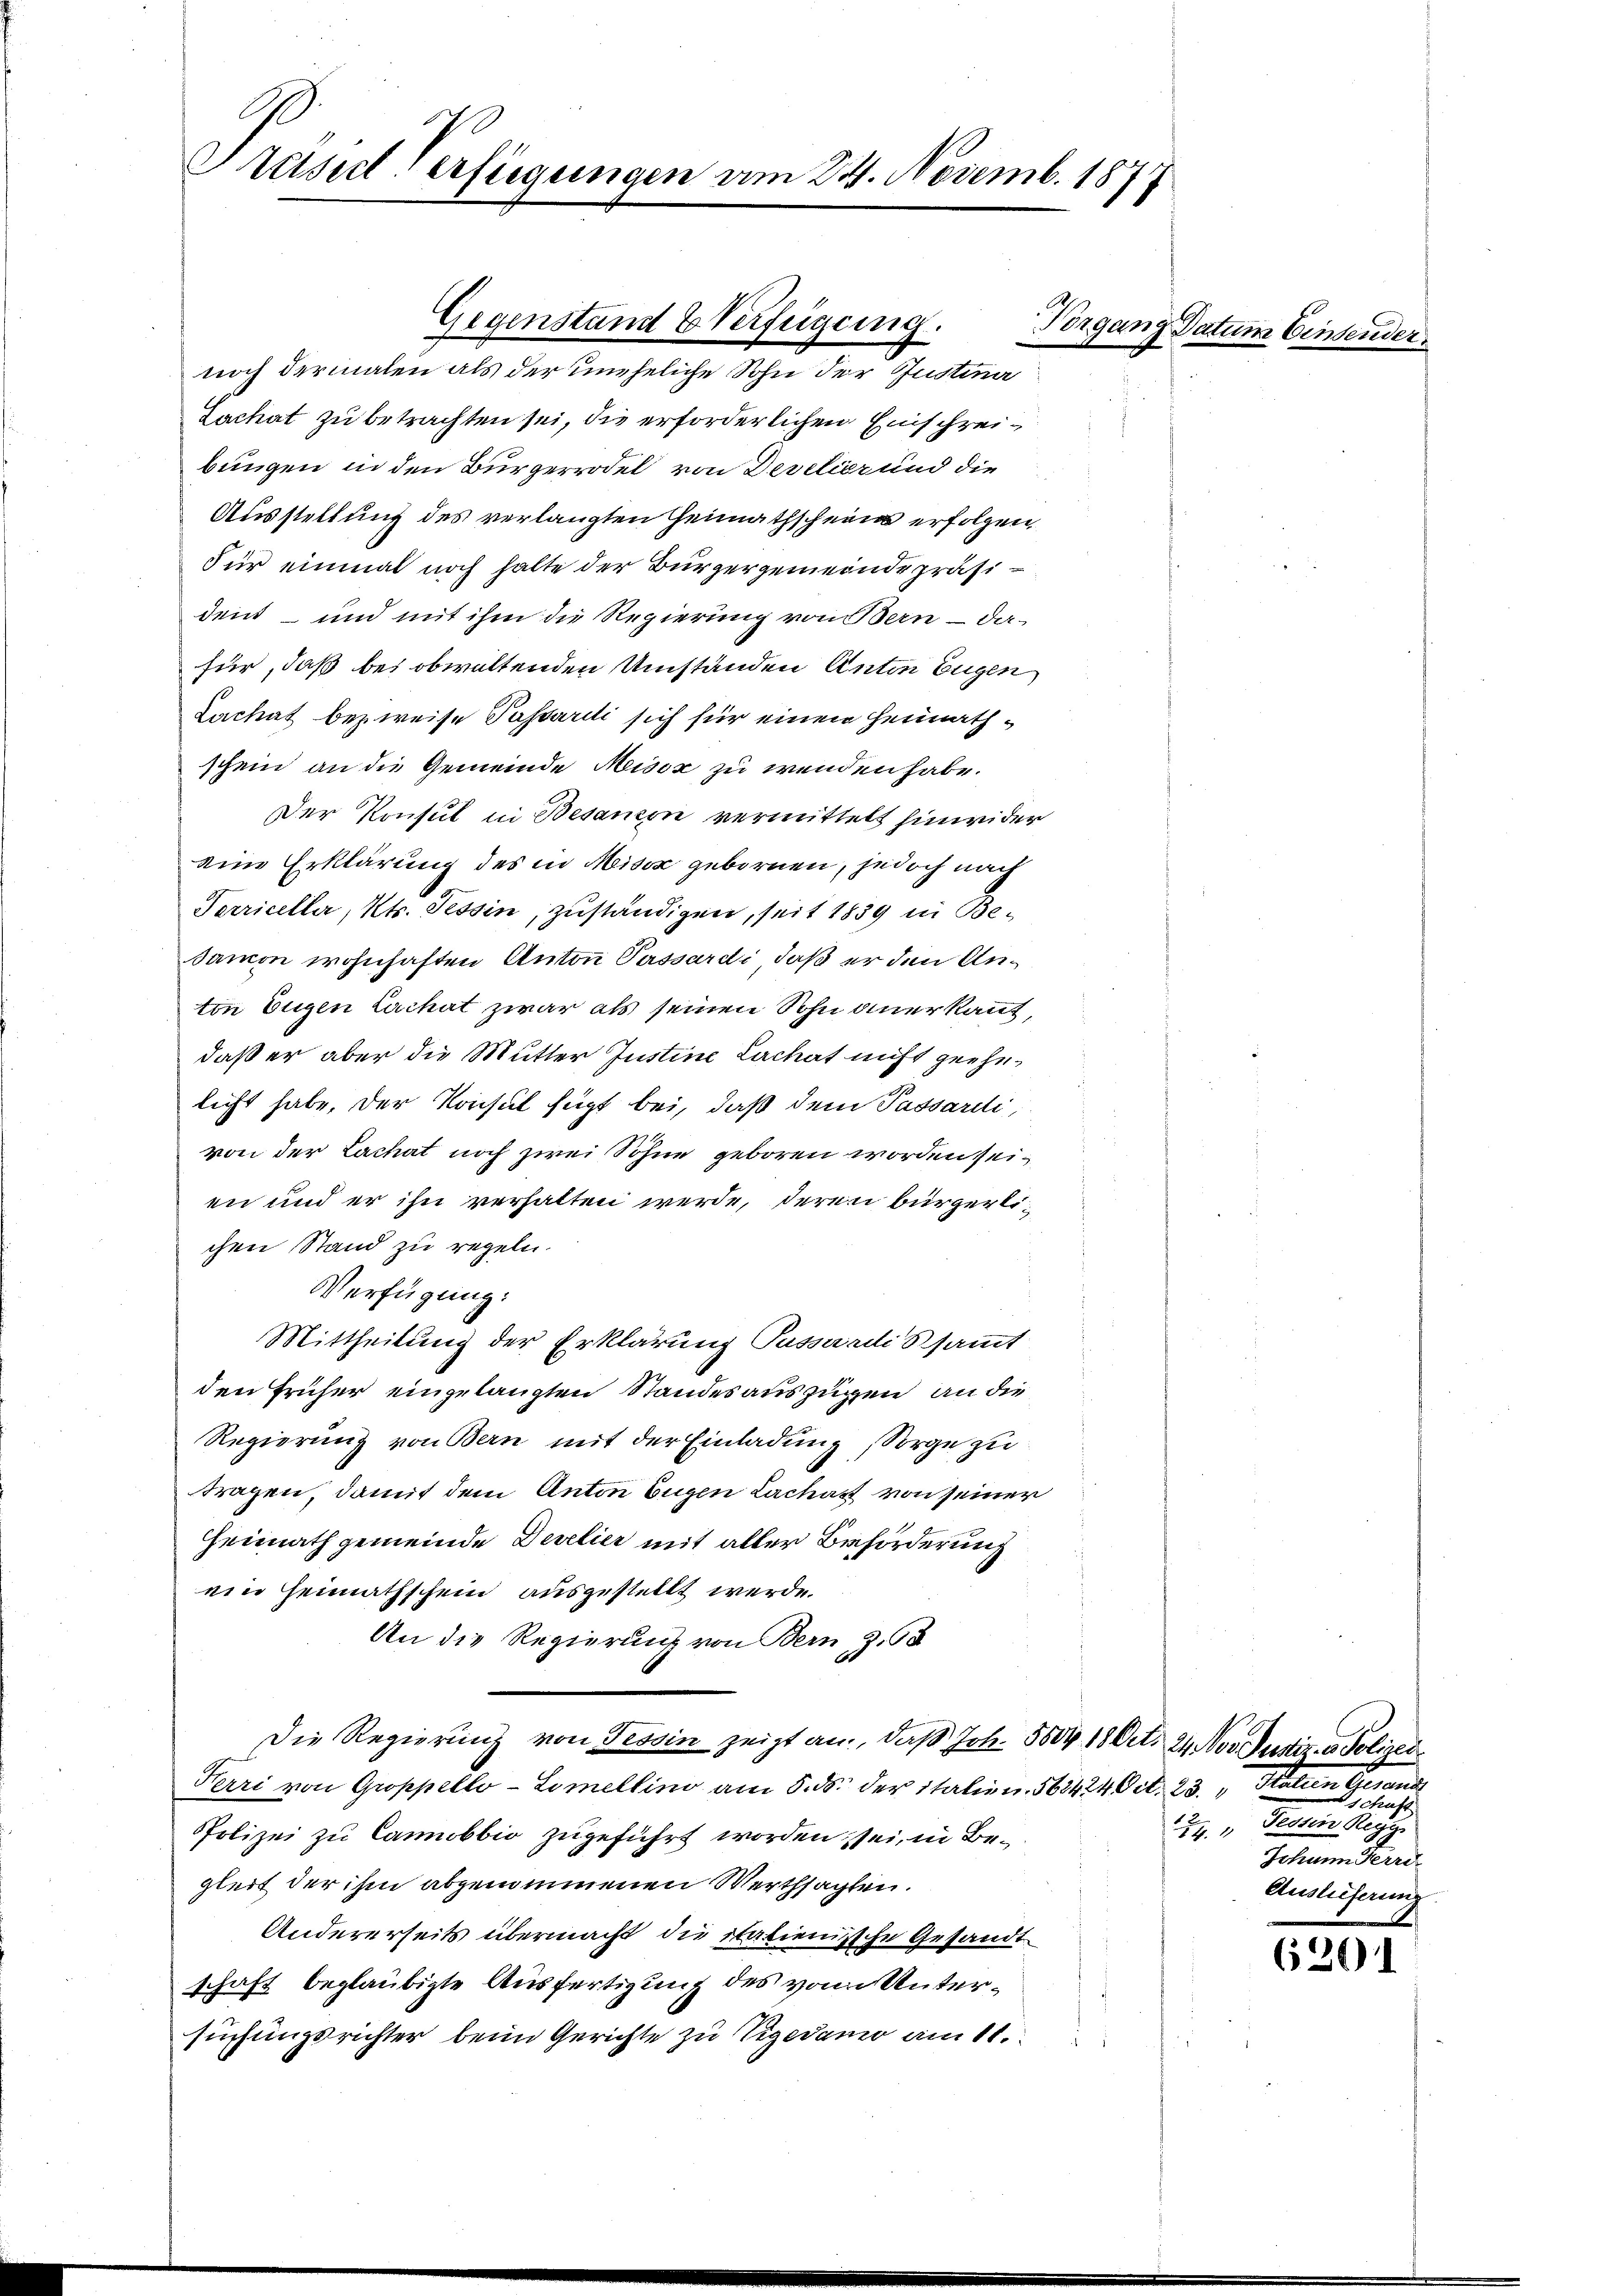
Prassel Verfügungen am 24. Novemb. 187

Lachat zu betrachten sei, die erforderlichen Einschreibungen in den Bürgerrodel von Devetier und die
Ausstellung des verlangten Heimathschein erfolgen,
Für einmal noch halte der Bürgergemeinde präsident - und mit ihm die Regierung von Bern – da-
für, daß bei obwaltenden Umständen Anton Eugen
Lachat bezweise Passardi sich für einen Heimathschein an die Gemeinde Misox zu wenden habe.
Der Konsul in Besanzen vermittelt hinwider
eiin Erklärung des in Misox gebornen, jedoch nach
Terriceller, Kts. Tessin, zuständigen, seit 1839 in Be-
Samon wohnhaften Anton Passardi, daß er den Anton Eugen Lachat zwar als seinen Sohn anerkant,
daß er aber die Mutter Justine Lachat nicht geehnlicht habe, der Konsul fügt bei, daß dem Passardi,
von der Lachat noch zwei Söhne geboren worden seien und er ihn verhalten werde, deren bürgerlichen Stand zu regeln.
Verfügung:
Mittheilung der Erklärung Passardissammt
den früher eingelangten Standesauszügen, an die
Regierung von Bern mit der Einladung, Sorge zu
tragen, damit dem Anton Eugen Lachst von seiner
Heimath gemeinde Develier mit aller Beförderung
ein Heimathschein ausgestellt werde.
An die Regierung von Bern, z.
Die Regierung von Tessin zeigt an, daß Joh. 5004. 18 Oct. 24. Nov.Justiz- & Polizei¬
Ferri von Groppello-Limellino am 8. ds. der italien. 568424 Oct. 23. Stalien Gesandt
Polizei zu Canobbio zugeführt worden sei, in Begleit der ihm abgenommenen Werthsagten.
Andererseits übermacht die Statienische Gesandt
schaft beglaubigte Ausfertigung des von Untersuchungsrichter beim Gerichte zu Vigedano am 11.

Gegenstand Verfügung.
noch dermalen als der uneheliche Sohn der Justina

Vorgang Datum Einsender

u
Tessin Regg
2
Ichann Herre
Auslieferung

620)